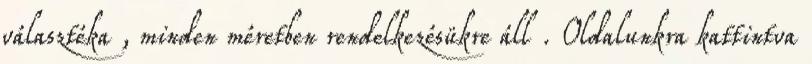
választéka , minden méretben rendelkezésükre áll . Oldalunkra kattintva